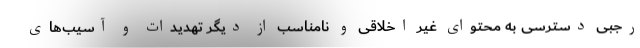
رجبی دسترسی به محتوای غیر اخلاقی و نامناسب از دیگر تهدیدات و آسیب‌های